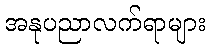
အနုပညာလက်ရာများ